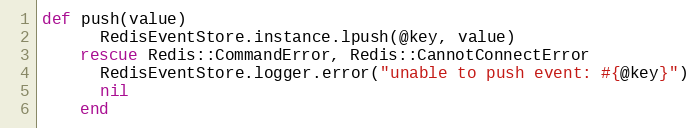
Language: Ruby
def push(value)
      RedisEventStore.instance.lpush(@key, value)
    rescue Redis::CommandError, Redis::CannotConnectError
      RedisEventStore.logger.error("unable to push event: #{@key}")
      nil
    end